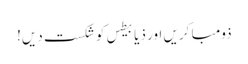
ذومبا کریں اور ذیابیطس کو شکست دیں!